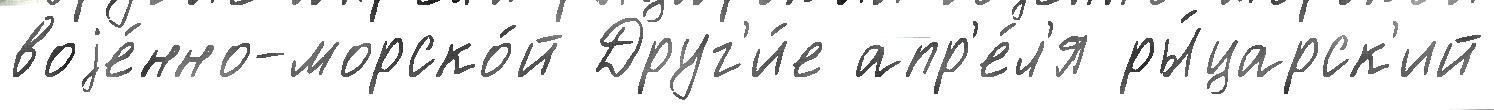
воjе́нно-морско́й Друг'и́е апр'е́л'я ры́царск'ий